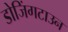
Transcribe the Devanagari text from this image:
डोजिंगटाउन